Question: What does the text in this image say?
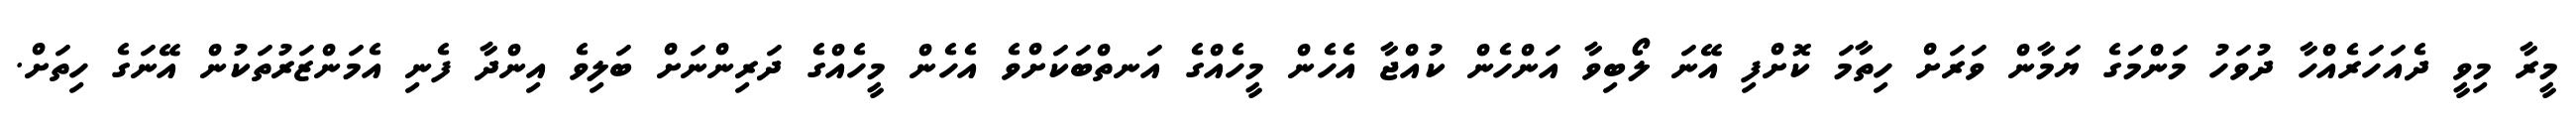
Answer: މީރާ މިވީ ދެއަހަރެއްހާ ދުވަހު މަންމަގެ ޔަމާން ވަރަށް ހިތާމަ ކޮށްފި އޭނަ ލޯބިވާ އަންހެން ކުއްޖާ އެހެން މީހެއްގެ އަނތްބަކަށްވެ އެހެން މީހެއްގެ ދަރިންނަށް ބަލިވެ އިންދާ ފެނި އެމަންޒަރުތަކުން އޭނަގެ ހިތަށް.